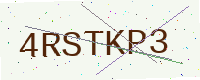
Text: 4RSTKP3